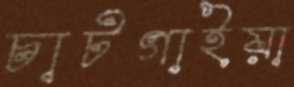
চাটগাইয়া